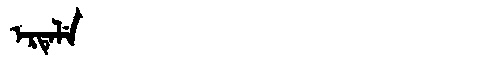
Manchu: ᡝᡵᡨᡝᠯᡝ
Romanization: ERTELE